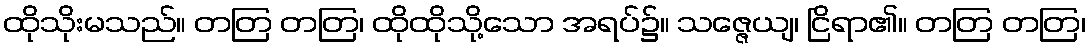
ထိုသိုးမသည်။ တတြ တတြ၊ ထိုထိုသို့သော အရပ်၌။ သဇ္ဇေယျ၊ ငြိရာ၏။ တတြ တတြ၊